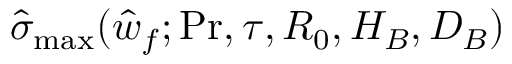
\hat { \sigma } _ { \mathrm { m a x } } ( \hat { w } _ { f } ; \ensuremath { \mathrm { P r } } , \tau , R _ { 0 } , H _ { B } , D _ { B } )